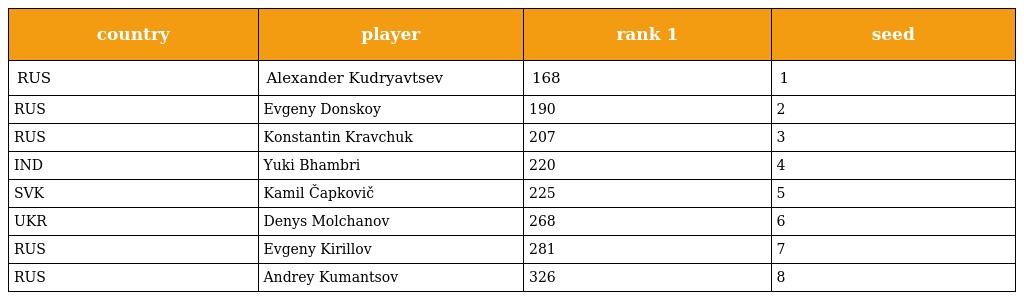
| country | player | rank 1 | seed |
 | --- | --- | --- | --- |
 | RUS | Alexander Kudryavtsev | 168 | 1 |
 | RUS | Evgeny Donskoy | 190 | 2 |
 | RUS | Konstantin Kravchuk | 207 | 3 |
 | IND | Yuki Bhambri | 220 | 4 |
 | SVK | Kamil Čapkovič | 225 | 5 |
 | UKR | Denys Molchanov | 268 | 6 |
 | RUS | Evgeny Kirillov | 281 | 7 |
 | RUS | Andrey Kumantsov | 326 | 8 |